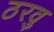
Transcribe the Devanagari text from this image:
ठरवु